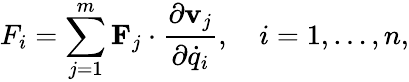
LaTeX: F_{i}=\sum_{j=1}^{m}\mathbf{F}_{j}\cdot{\frac{\partial\mathbf{v}_{j}}{\partial{\dot{q}}_{i}}},\quad i=1,\ldots,n,